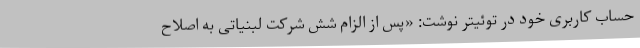
حساب کاربری خود در توئیتر نوشت: «پس از الزام شش شرکت لبنیاتی به اصلاح